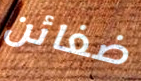
ضغائن